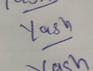
Signature authenticity: genuine